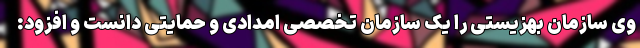
وی سازمان بهزیستی را یک سازمان تخصصی امدادی و حمایتی دانست و افزود: